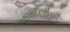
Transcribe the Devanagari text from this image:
झळकेलं